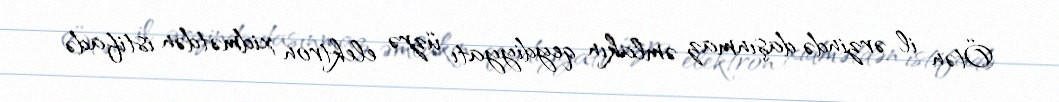
Ötən il ərzində daşınmaz əmlakın qeydiyyatı üzrə elektron xidmətdən istifadə